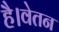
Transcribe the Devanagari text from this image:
है।वेतन